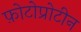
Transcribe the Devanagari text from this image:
फ़ोटोप्रोटीन